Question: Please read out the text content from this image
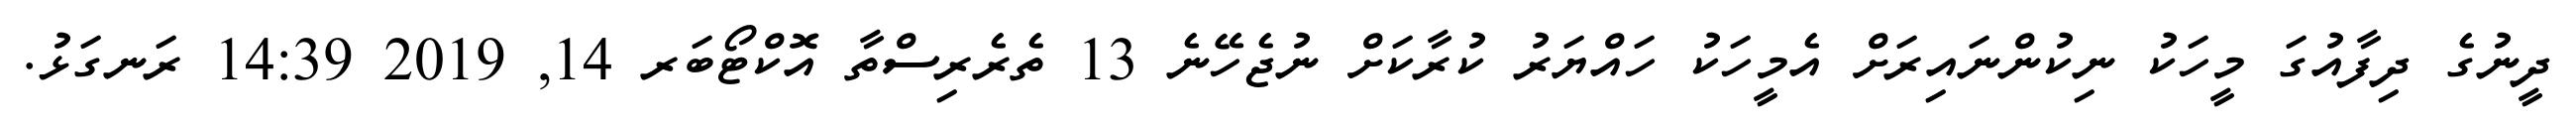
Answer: ދީނުގެ ދިފާއުގަ މީހަކު ނިކުންނައިރަށް އެމީހަކު ހައްޔަރު ކުރާކަށް ނުޖެހޭނެ 13 ތެރެރިސްތާ އޮކްޓޯބަރ 14, 2019 14:39 ރަނގަޅު.